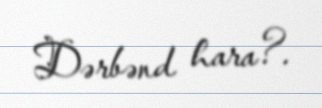
Dərbənd hara?.